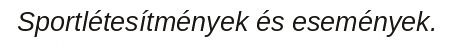
Sportlétesítmények és események.